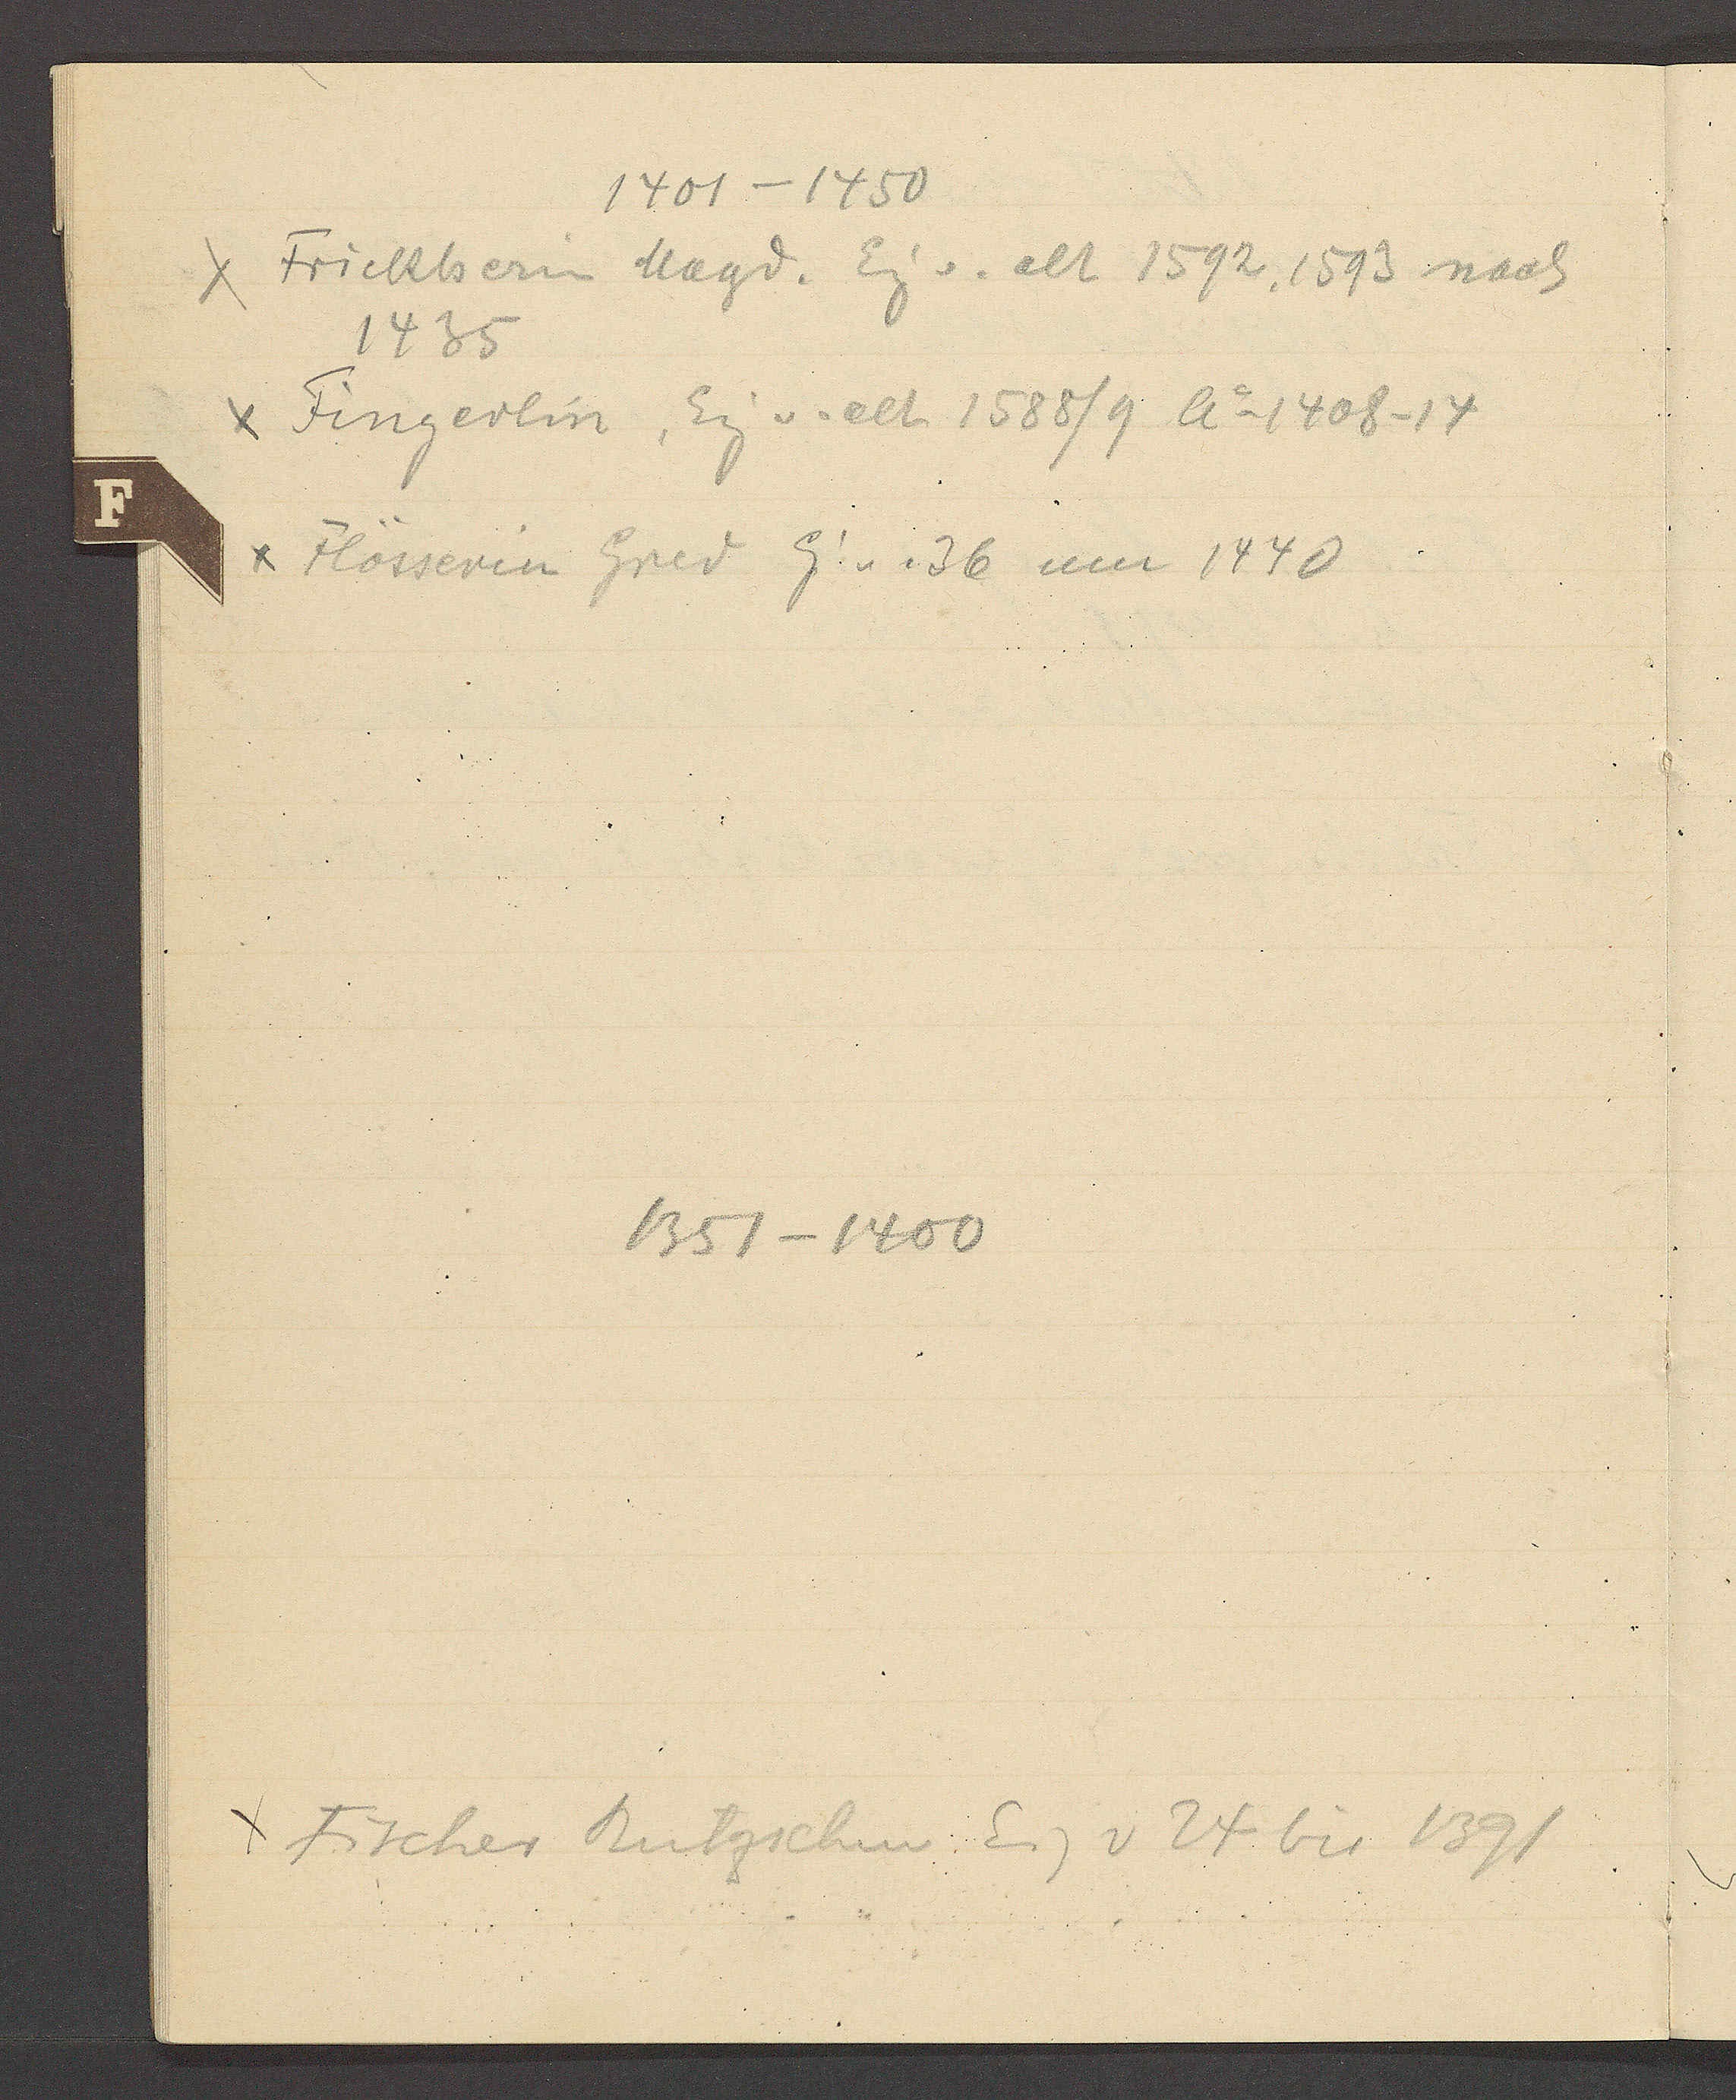
Transcript:
1401 – 1450
Frickherin Magd. Eig v. alt 1592, 1593 nach
1435
Fingerlin, Eig v. alt 1588/9 Ao 1408–14
Flösserin Gred Eig. v. 36 um 1440
1351 – 1400
Fischer Rutzschm Eig v 24. bis 1391